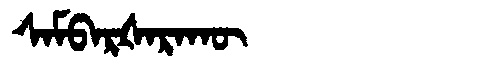
Manchu: ᠰᠠᠮᠪᠠᡵᡧᠠᡵᠠᡴᡡ
Romanization: SAMBARŠARAKŪ